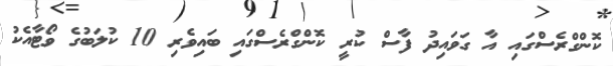
ކޮންގްރެސްގައި އާ ގަވައިދު ފާސް ކުރީ ކޮންގްރެސްގައި ބައިވެރި 10 ކުލަބުގެ ވޯޓާއެކު